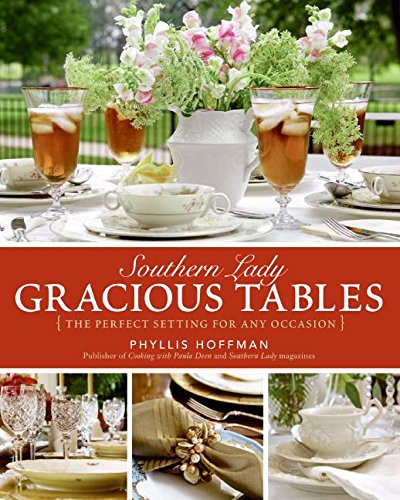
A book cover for Southern Lady: Gracious Tables: The Perfect Setting for Any Occasion; Phyllis Hoffman; Cookbooks, Food & Wine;